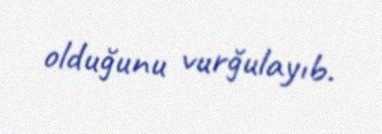
olduğunu vurğulayıb.